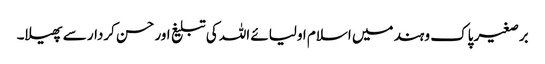
برصغیر پاک و ہند میں اسلام اولیائے اللہ کی تبلیغ اور حسن کردار سے پھیلا۔